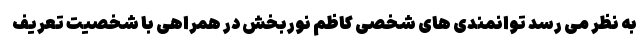
به نظر می رسد توانمندی های شخصی کاظم نوربخش در همراهی با شخصیت تعریف